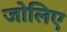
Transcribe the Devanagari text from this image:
जोलिए